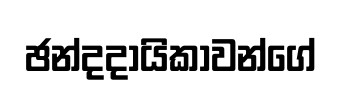
ඡන්දදායිකාවන්ගේ